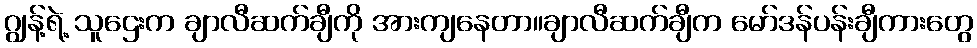
ဂျွန့်ရဲ့ သူဌေးက ချာလီဆက်ချီကို အားကျနေတာ။ချာလီဆက်ချီက မော်ဒန်ပန်းချီကားတွေ